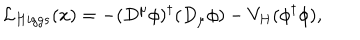
LaTeX: { \cal L } _ { H i g g s } ( x ) = - ( D ^ { \mu } \phi ) ^ { \dagger } ( D _ { \mu } \phi ) - V _ { H } ( \phi ^ { \dagger } \phi ) ,